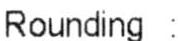
ROUNDING :